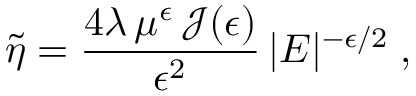
\widetilde { \eta } = \frac { 4 \lambda \, \mu ^ { \epsilon } \, { \mathcal J } ( \epsilon ) } { \epsilon ^ { 2 } } \, | E | ^ { - \epsilon / 2 } \; ,